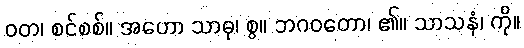
ဝတ၊ စင်စစ်။ အဟော သာဓု၊ စွ။ ဘဂဝတော၊ ၏။ သာသနံ၊ ကို။